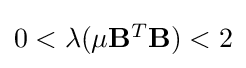
{\textstyle 0<\lambda (\mu \mathbf {B} ^{T}\mathbf {B} )<2}